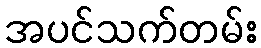
အပင်သက်တမ်း